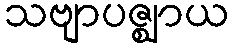
သဗျာပဇ္ဈာယ